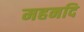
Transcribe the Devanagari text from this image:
महनदि